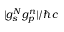
\lvert g _ { s } ^ { N } g _ { p } ^ { n } \rvert / \hbar c